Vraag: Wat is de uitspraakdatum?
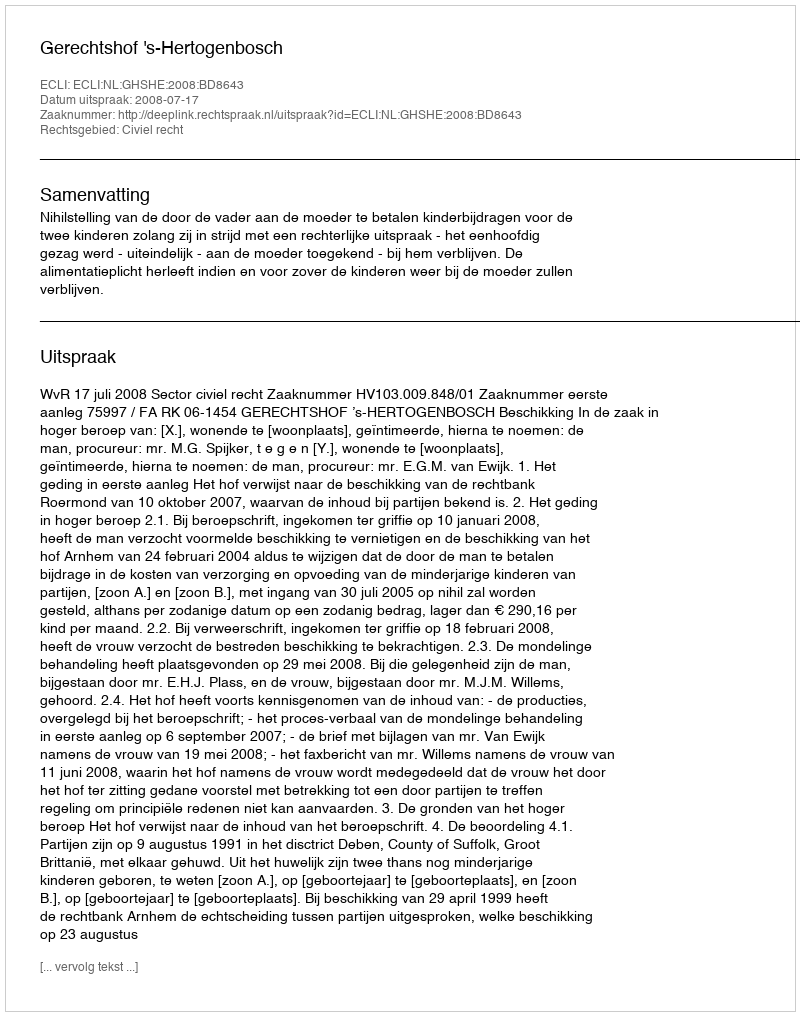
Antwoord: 2008-07-17